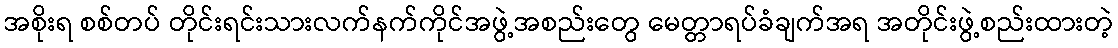
အစိုးရ စစ်တပ် တိုင်းရင်းသားလက်နက်ကိုင်အဖွဲ့အစည်းတွေ မေတ္တာရပ်ခံချက်အရ အတိုင်းဖွဲ့စည်းထားတဲ့